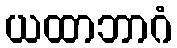
ယထာဘာဂံ